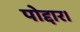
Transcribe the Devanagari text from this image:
पोद्दार।